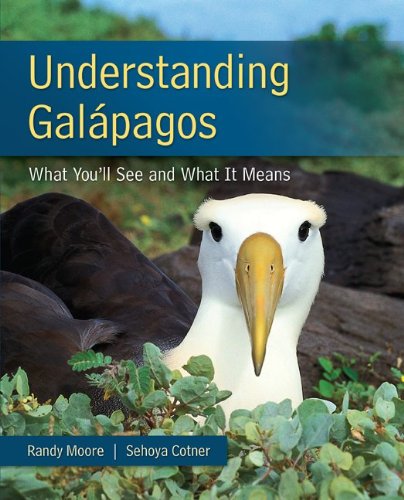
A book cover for Understanding Galapagos; Randy Moore; Travel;